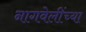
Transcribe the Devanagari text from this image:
नागवेलींच्या